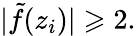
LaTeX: |{\tilde{f}}(z_{i})|\geqslant 2.